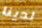
لدينا